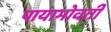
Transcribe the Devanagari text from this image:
पायाभोवती